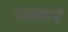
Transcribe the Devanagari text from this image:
नात्यानें